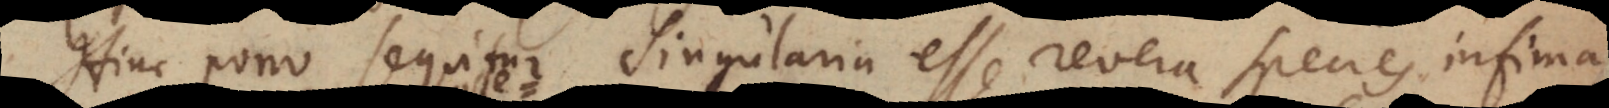
Hinc porro sequitur Singularia esse revera Species infimas,